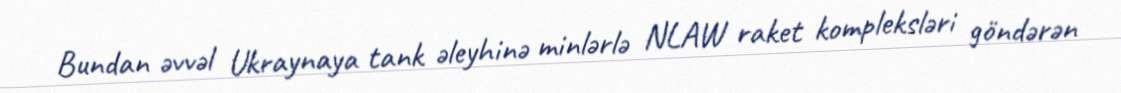
Bundan əvvəl Ukraynaya tank əleyhinə minlərlə NLAW raket kompleksləri göndərən